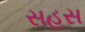
સહસ